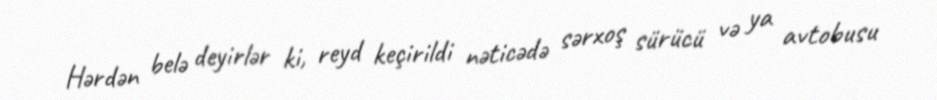
Hərdən belə deyirlər ki, reyd keçirildi nəticədə sərxoş sürücü və ya avtobusu